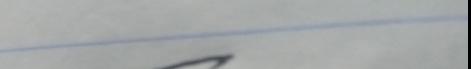
Signature authenticity: forged